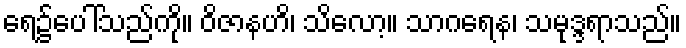
ရေ၌ပေါ်သည်ကို။ ဝိဇာနဟိ၊ သိလော့။ သာဂရေန၊ သမုဒ္ဒရာသည်။